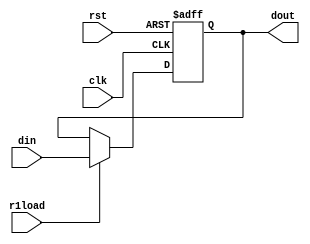
/*r1*/
module r1(din, clk, rst,r1load, dout);
input clk,rst,r1load;
input [7:0] din;
output reg[7:0] dout;
always@(posedge clk or negedge rst)
begin
	if(rst==0)
		dout <= 0;
	else if(r1load)
		dout <= din;
end
endmodule